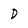
Character: D